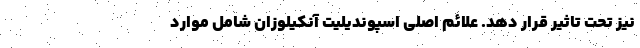
نیز تحت تاثیر قرار دهد. علائم اصلی اسپوندیلیت آنکیلوزان شامل موارد